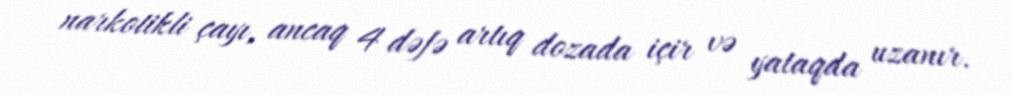
narkotikli çayı, ancaq 4 dəfə artıq dozada içir və yataqda uzanır.